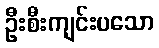
ဦးစီးကျင်းပသော